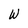
Character: W